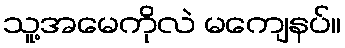
သူ့အမေကိုလဲ မကျေနပ်။